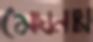
মেঘনায়